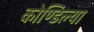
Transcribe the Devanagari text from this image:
कोण्डिल्या